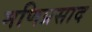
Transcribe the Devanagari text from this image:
मणिप्रसाद